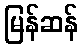
မြန်ဆန်